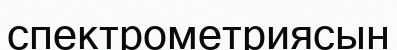
спектрометриясын